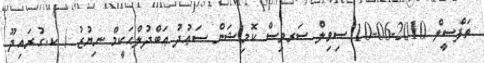
ތަފްސީލް 2010-06-10 ސިވިލް ސަރވިސް ކޮމިޝަން ސަޢުދު ޢަބްދުލްޙަކީމް ނިޔުޒު / ކ.ގުރައިދޫ